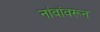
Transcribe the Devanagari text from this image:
नांवांवरून